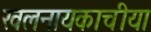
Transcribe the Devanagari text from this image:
खलनायकाचीया